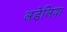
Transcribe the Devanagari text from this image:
अडेलिया